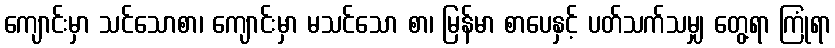
ကျောင်းမှာ သင်သောစာ၊ ကျောင်းမှာ မသင်သော စာ၊ မြန်မာ စာပေနှင့် ပတ်သက်သမျှ တွေ့ရာ ကြုံရာ